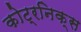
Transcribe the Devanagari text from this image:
कोट्रनिक्स